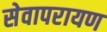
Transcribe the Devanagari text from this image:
सेवापरायण